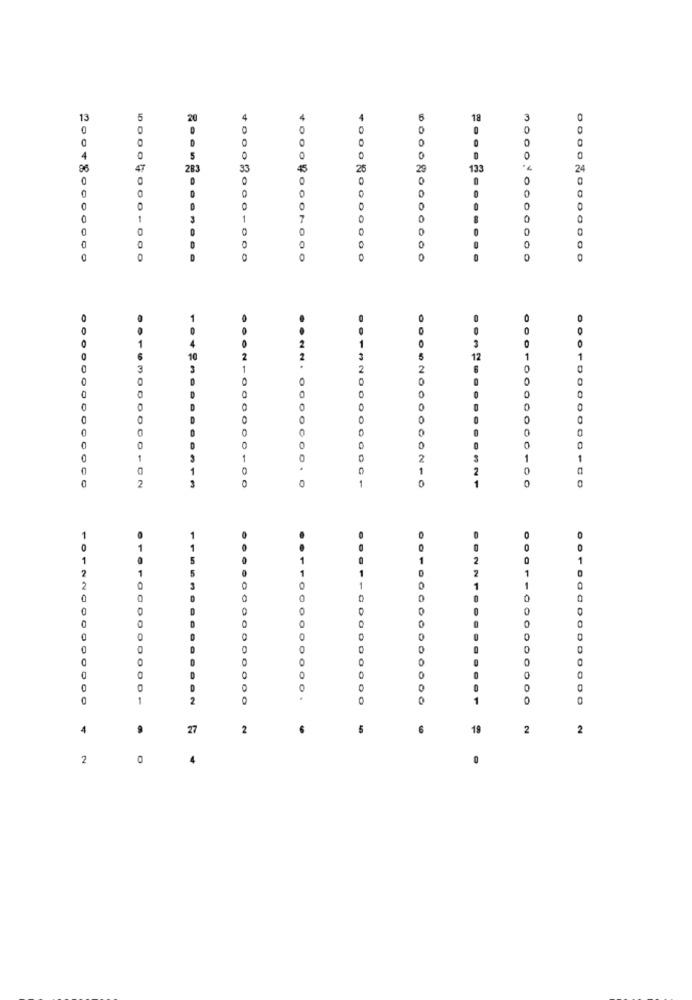
13
20
4
18
3
0
D
4
5
0
96
283
33
133
24
0
000
0
1
1
7
0
0
0
0
+00020000000
0
0
0
000
0
12
1
0
0
0
0
0
0
0
1
2
1
0
1.42 ...... 0313
.. NN. 0000000. 0
0
0
1
2
2
2
1
1155
1
0
0
0
0
0000000000
0000000.
0 .-- 000000000
0
1
0
4
9
27
2
5
6
19
2
2
2
0
4